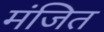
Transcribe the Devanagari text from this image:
मंजित